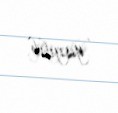
yayılıb.